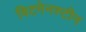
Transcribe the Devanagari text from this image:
विटगेनस्टीन